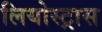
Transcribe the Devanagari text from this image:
लियोस्ट्रास